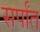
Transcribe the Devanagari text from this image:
सर्पांत